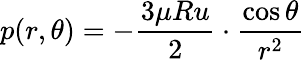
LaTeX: p(r,\theta)=-{\frac{3\mu Ru}{2}}\cdot{\frac{\cos\theta}{r^{2}}}